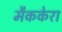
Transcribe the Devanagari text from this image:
मैककेरा